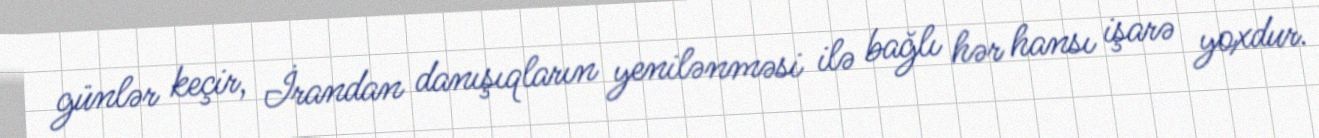
günlər keçir, İrandan danışıqların yenilənməsi ilə bağlı hər hansı işarə yoxdur.